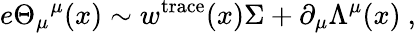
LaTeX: e\Theta_{\mu}{}^{\mu}(x)\sim w^{\mathrm{trace}}(x)\Sigma+\partial_{\mu}\Lambda^{\mu}(x)\ ,